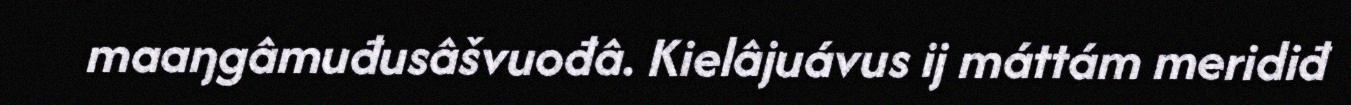
maaŋgâmuđusâšvuođâ. Kielâjuávus ij máttám meridiđ